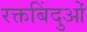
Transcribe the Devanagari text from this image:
रक्तबिंदुओं